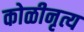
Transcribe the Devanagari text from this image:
कोळीनृत्य